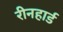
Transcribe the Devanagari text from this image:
रीनहार्ड